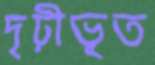
দৃঢ়ীভূত